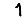
Digit: 1